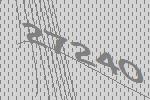
27240